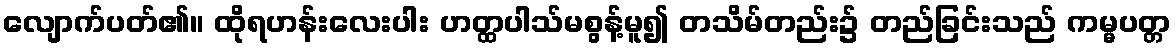
လျောက်ပတ်၏။ ထိုရဟန်းလေးပါး ဟတ္ထပါသ်မစွန့်မူ၍ တသိမ်တည်း၌ တည်ခြင်းသည် ကမ္မပတ္တ